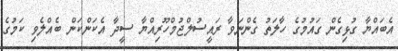
އެބައްޔާ ގުޅިގެން ގައުމުގެ ހާލަތު ގެންނަވާ ރައީސުލްޖުމްހޫރިއްޔާ ސީދާ އެކަންކަން ބެއްލެވި ކަމުގެ